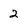
Character: 2